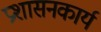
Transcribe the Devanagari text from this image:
प्रशासनकार्य